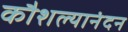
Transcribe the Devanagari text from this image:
कौशल्यानंदन